Civil Veterinary Department. Central Provinces & Berar 1932-41 - 1932-1941
Year: 1932
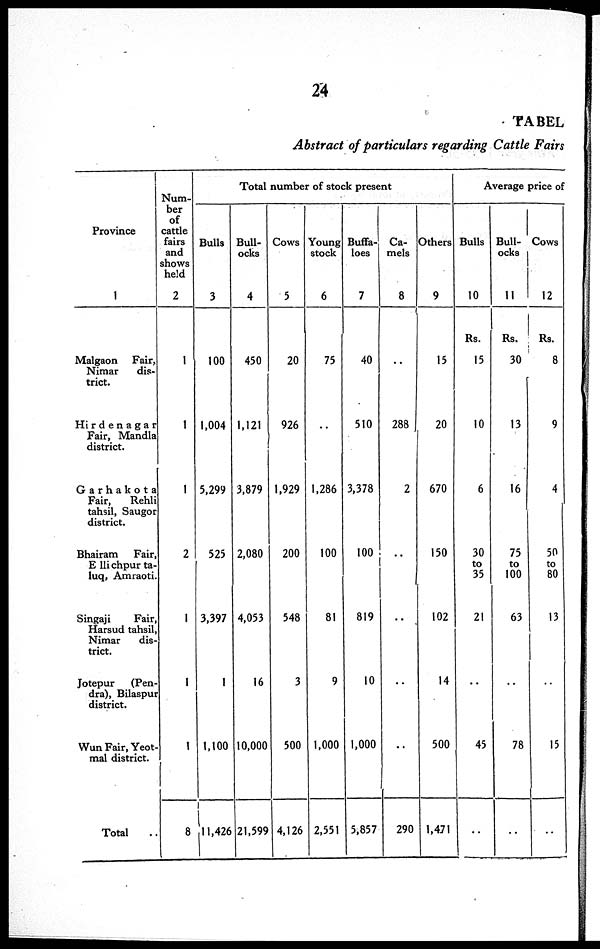
24
TABEL
Abstract of particulars regarding Cattle Fairs
Province
1
Malgaon
Fair,
Nimar
dis-
trict.
Hirdenagar
Fair, Mandla
district.
Garhakota
Fair,
Rehli
tahsil, Saugor
district.
Bhairam
Fair,
Ellichpurta-
luq, Amraoti.
Singaji
Fair,
Harsud tahsil,
Nimar
dis-
trict.
Jotepur
(Pen-
dra), Bilaspur
district.
Wun Fair, Yeot-
mal district.
Total
Num-
ber
of
cattle
fairs
and
shows
held
2
1
1
1
2
1
1
1
8
Total number of stock present
Bulls
3
100
1,004
5,299
525
3,397
1
1,100
11,426
Bull-
ocks
4
450
1,121
3,879
2,080
4,053
16
10,000
21,599
Cows
5
20
926
1,929
200
548
3
500
4,126
Young
stock
6
75
..
1,286
100
81
9
1,000
2,551
Buffa-
loes
7
40
510
3,378
100
819
10
1,000
5,857
Ca-
mels
8
..
288
2
..
..
..
290
Others
9
15
20
670
150
102
14
500
1,471
Average price of
Bulls
10
Rs.
15
10
6
30
to
35
21
..
45
..
Bull-
ocks
11
Rs.
30
13
16
75
to
100
63
..
78
..
Cows
12
Rs.
8
9
4
50
to
80
13
..
15
..